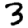
Digit: 3